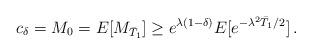
LaTeX: \begin{align*}c_\delta = M_0 = E[M_{\bar{T}_1}] \ge e^{\lambda (1-\delta)} E[e^{-\lambda^2 \bar{T}_1/2} ] \,.\end{align*}